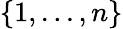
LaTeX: \{ 1,...,n\}